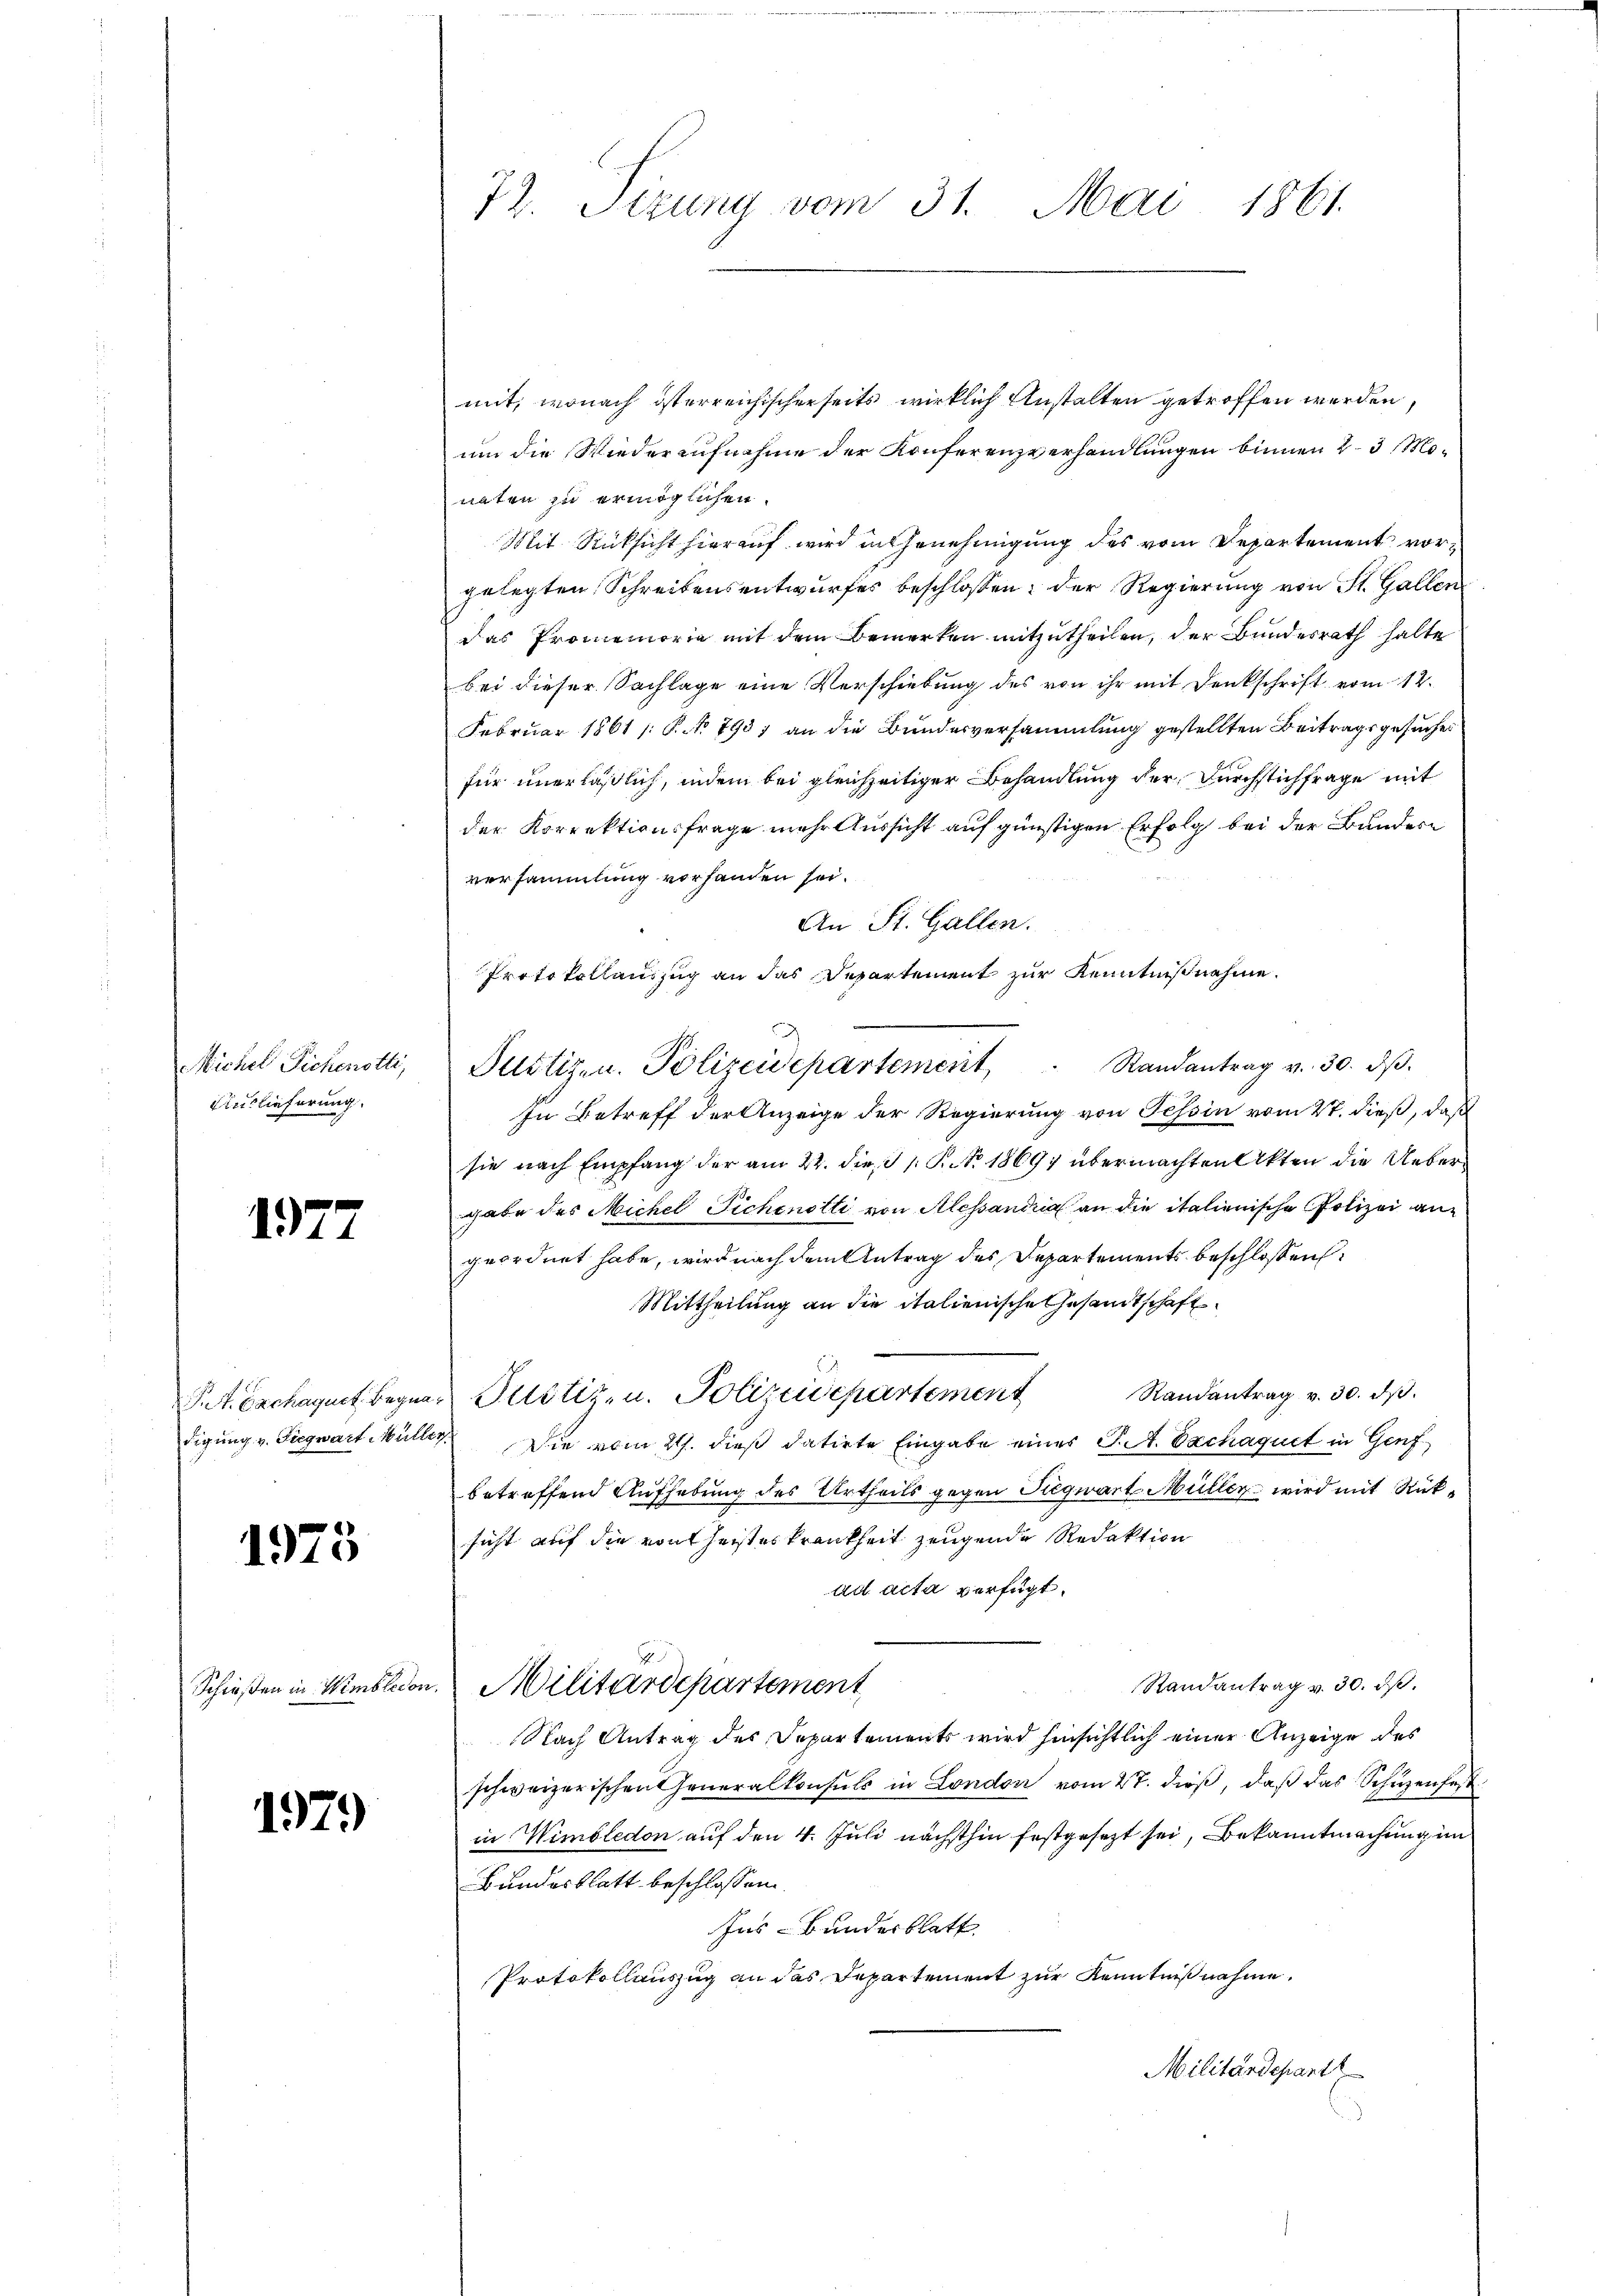
Michel Pichenotti,
Auslieferung

197.

1975

Schloßen in Wimblecor

1979)

mit, wonach österreichischerseits wirklich Anstalten getroffen werden,
um die Wiederaufnahme der Konferenzverhandlungen binnen 23 Monaten zu ermöglichen.
Mit Rücksicht hierauf wird in Genehmigung des vom Departement vorgelegten Schreibensentwurfes beschlossen: der Regierung von St. Gallen
das Promemoria mit dem Bemerken mitzutheilen, der Bundesrath halte
bei dieser Sachlage eine Verschiebung des von ihr mit Denkschrift vom 12.
Februar 1861 /: S. 7937 an die Bundesversammlung gestellten Beitragsgesuches
für unerläßlich, indem bei gleichzeitiger Behandlung der Durchstichfrage mit
der Korrektionsfrage mehr Aussicht auf günstigen Erfolg bei der Bundern
versammlung vorhanden sei.
An St. Gallen.
Protokollauszug an das Departement zur Kenntnißnahme.
Randantrag v. 30. dβ.
Justizen. Polizeidepartement
In Betreff der Anzeige der Regierung von Tessin vom 27. dieß, daß
sie nach Empfang der am 22. die 1 S. 18697 übermachten Akten die Uebergabe des Michel Pichenotti von Alessandria an die italienische Polizei angeordnet habe, wird nach dem Antrag des Departements beschlossen:
Mittheilung an die italienische Gesamtschaft
St. Bachaquet Begner Pustiz, u. Polizeidepartement andantrag v. 30. ds.
digung v. Siegwart Müller. Die vom 21. dieß datirte Eingabe eines J. A. Exchaquet in Genf
betreffend Aufhebung des Urtheils gegen Siegwart Müller wird mit Rücksicht auf die von heisteskrankheit zeugende Redaktion
ad acta verfügt:
Randantrag v. 30. dβ.
22
Militärdepartement
Nach Antrag des Departements wird hinsichtlich einer Anzeige des
schweizerischen Generalkonsuls in London vom 27. dieß, daß das Schüzenfest
in Wimöledon auf den 4. Juli nächsthin festgesezt sei, Bekanntmachung im
Bundesblatt beschlossen
Ins Bundesblatt
Protokollauszug an das Departement zur Kenntnißnahme.
Militärdepart

72. Sizung vom 31. Mai 1861.